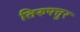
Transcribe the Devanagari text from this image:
तिरुपत्तुर